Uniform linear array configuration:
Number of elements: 12
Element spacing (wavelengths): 0.75
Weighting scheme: exponential
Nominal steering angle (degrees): -15
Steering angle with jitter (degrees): -15.388
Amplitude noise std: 0.05
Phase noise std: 0.05

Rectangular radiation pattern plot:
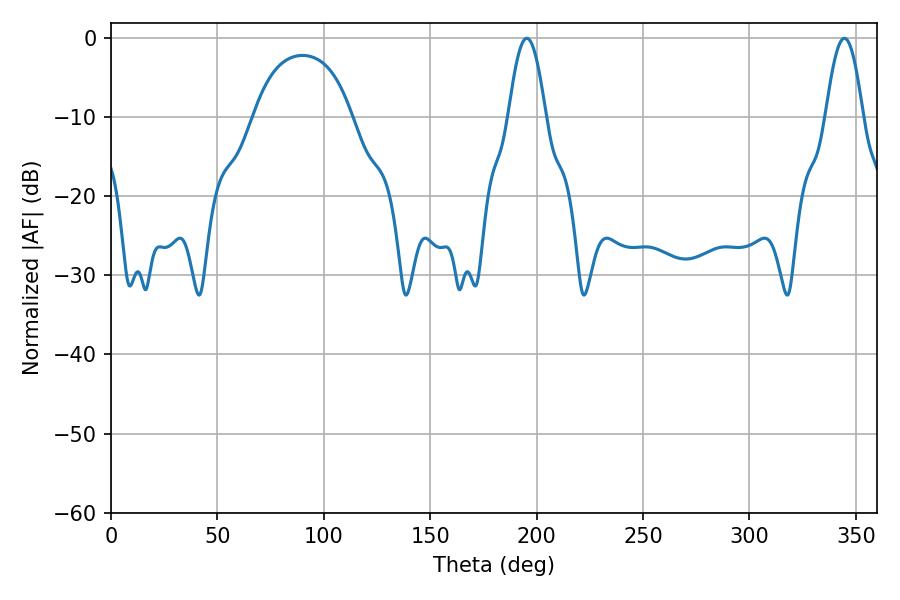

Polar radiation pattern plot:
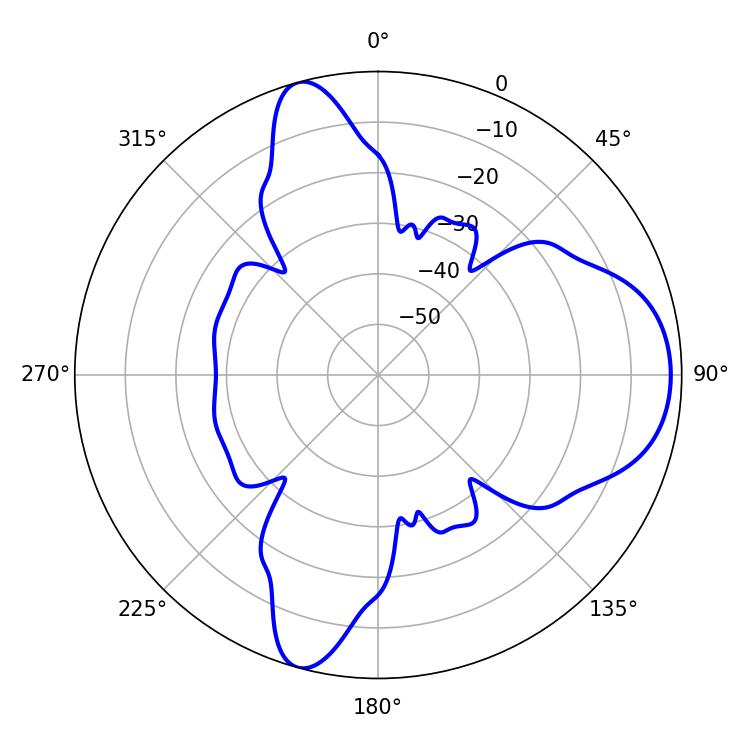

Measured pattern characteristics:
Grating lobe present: TRUE
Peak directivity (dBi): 9.181
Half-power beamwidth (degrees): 9.54
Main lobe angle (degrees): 195.3